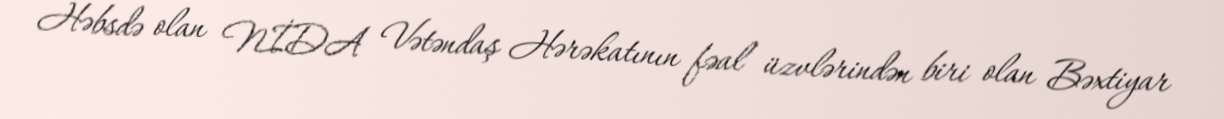
Həbsdə olan NİDA Vətəndaş Hərəkatının fəal üzvlərindən biri olan Bəxtiyar